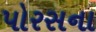
પોરસના